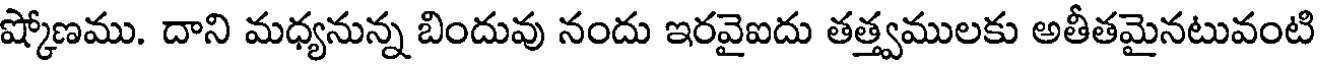
ష్కోణము. దాని మధ్యనున్న బిందువు నందు ఇరవైఐదు తత్త్వములకు అతీతమైనటువంటి